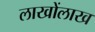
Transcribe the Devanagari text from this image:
लाखोंलाख